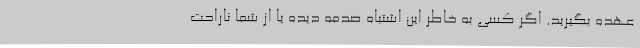
عهده بگیرید. اگر کسی به خاطر این اشتباه صدمه دیده یا از شما ناراحت